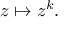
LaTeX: z \mapsto z ^ { k } .